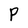
Character: P